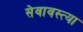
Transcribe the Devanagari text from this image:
सेवावस्त्या